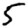
Digit: 5